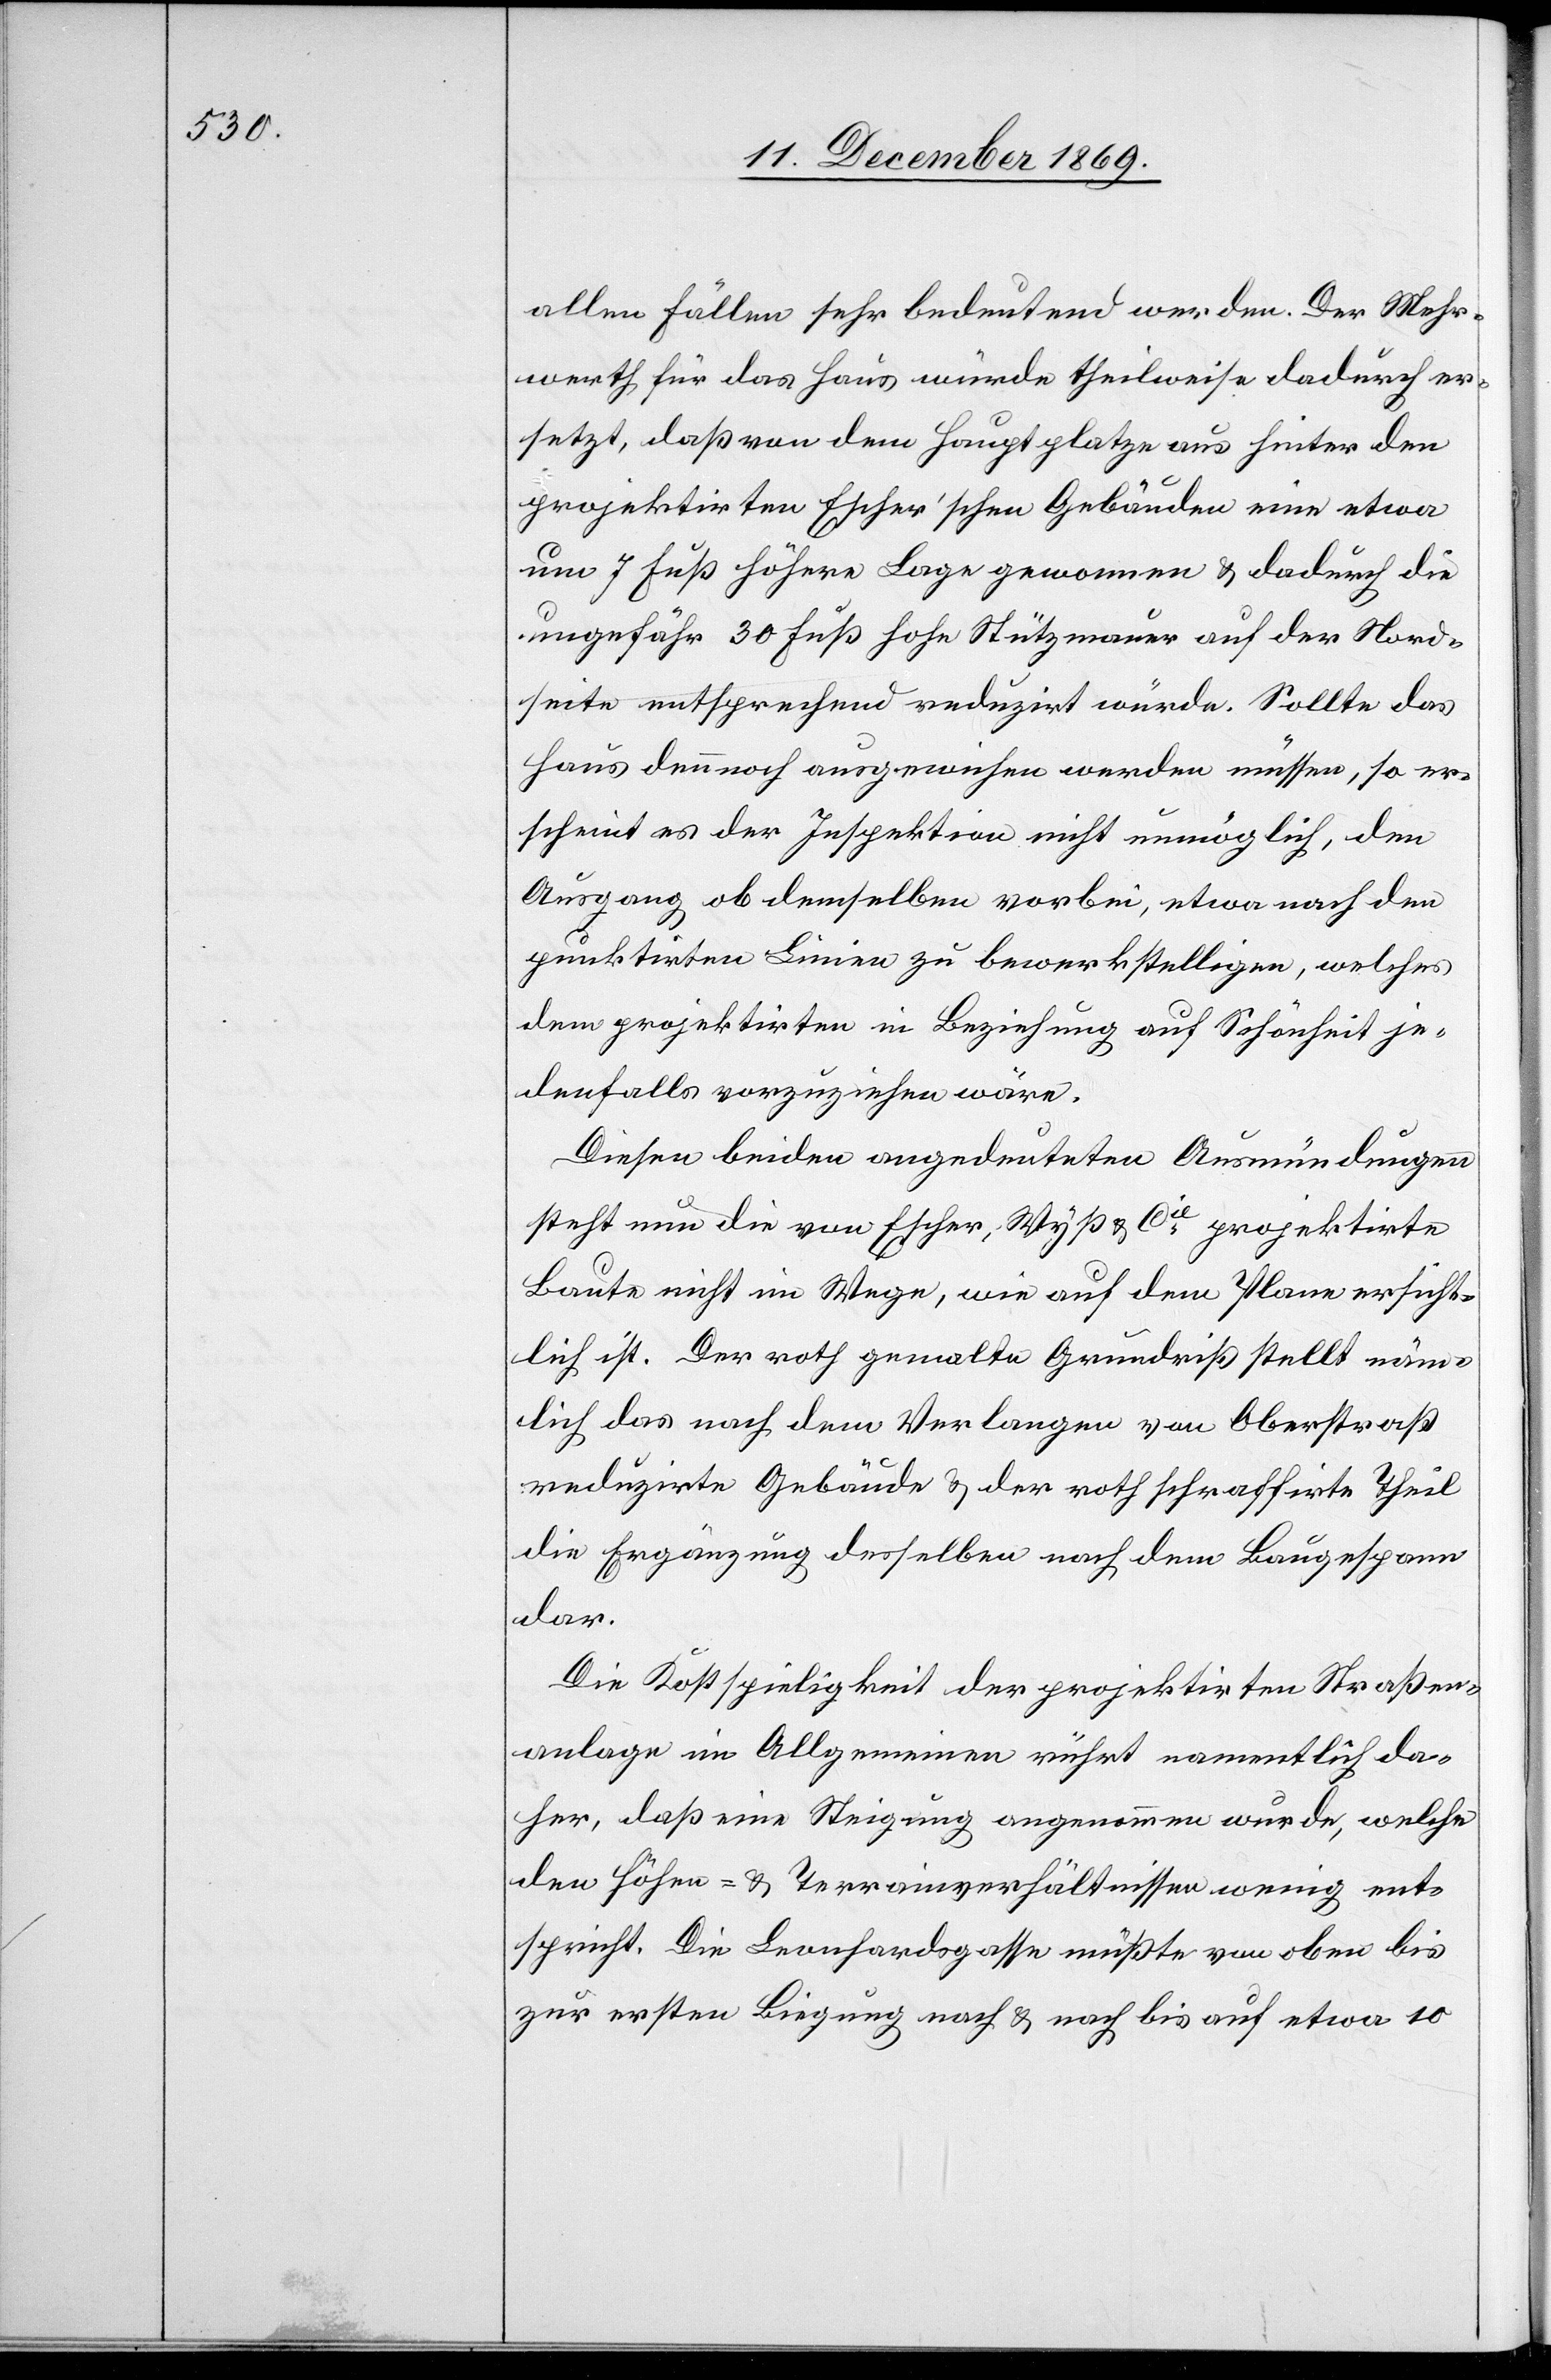
allen Fällen sehr bedeutend werden. Der Mehr¬
werth für das Haus würde theilweise dadurch er¬
setzt, daß von dem Hauptplatze aus hinter den
projektirten Escher’schen Gebäuden eine etwa
um 7 Fuß höhere Lage gewonnen & dadurch die
ungefähr 30 Fuß hohe Stützmauer auf der Nord¬
seite entsprechend reduzirt würde. Sollte das
Haus dennnoch ausgewichen werden müssen, so er¬
scheint es der Inspektion nicht unmöglich, den
Ausgang ob demselben vorbei, etwa nach den
punktirten Linien zu bewerkstelligen, welches
dem projektirten in Beziehung auf Schönheit je¬
denfalls vorzuziehen wäre.
Diesen beiden angedeuteten Ausmündungen
steht nun die von Escher, Wyß & Cie projektirte
Baute nicht im Wege, wie auf dem Plane ersicht¬
lich ist. Der roth gemalte Grundriß stellt näm¬
lich das nach dem Verlangen von Oberstraß
reduzirte Gebäude & der roth schraffirte Theil
die Ergänzung desselben nach dem Baugespann
dar.
Die Kostspieligkeit der projektirten Straßen¬
anlage im Allgemeinen rührt namentlich da¬
her, daß eine Steigung angenommen wurde, welche
den Höhen- & Terrainverhältnissen wenig ent¬
spricht. Die Leonhardsgasse müßte von oben bis
zur ersten Biegung nach & nach bis auf etwa 10